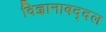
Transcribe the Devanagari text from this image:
विज्ञानाबद्दल